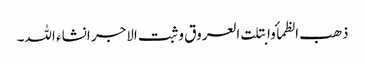
ذھب الظمأ وابتلت العروق وثبت الاجر انشاء اللہ۔